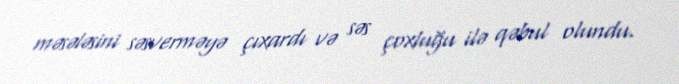
məsələsini səsverməyə çıxardı və səs çoxluğu ilə qəbul olundu.